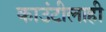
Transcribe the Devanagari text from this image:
काउंटीलाही